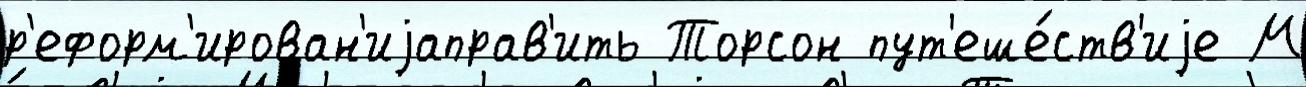
р'еформ'ирован'иjаправ'ить Торсон пут'еше́ств'иjе М